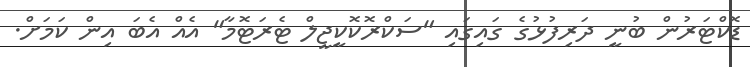
ޑޮކްޓަރުން ބުނީ ދަރިފުޅުގެ ގައިގައި "ސަކްރޮކޮކީޖީލް ޓެރަޓޮމާ" އެއް އެބަ އިން ކަމަށް.